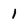
Character: 1